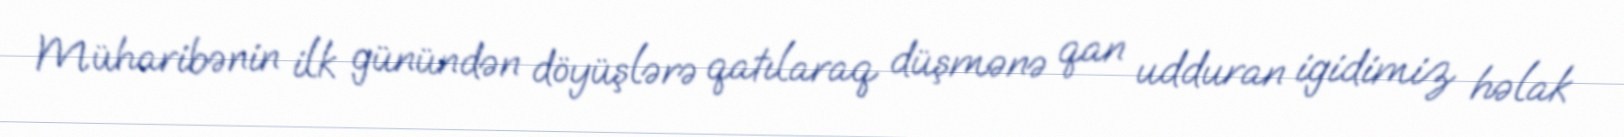
Müharibənin ilk günündən döyüşlərə qatılaraq düşmənə qan udduran igidimiz həlak